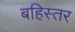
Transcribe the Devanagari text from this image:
बहिस्तर